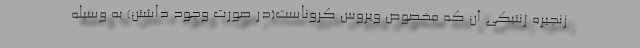
زنجیره ژنتیکی آن که مخصوص ویروس کروناست(در صورت وجود داشتن) به وسیله